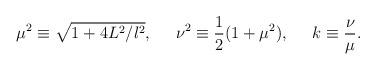
LaTeX: \begin{align*}\mu^2\equiv\sqrt{1+4L^2/l^2},\;\;\;\;\;\nu^2\equiv\frac{1}{2}(1+\mu^2),\;\;\;\;\;k\equiv\frac{\nu}{\mu}.\end{align*}